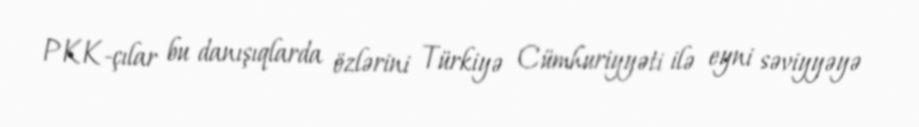
PKK-çılar bu danışıqlarda özlərini Türkiyə Cümhuriyyəti ilə eyni səviyyəyə